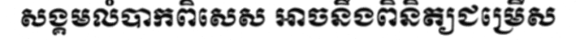
សង្គមលំបាកពិសេស អាចនឹងពិនិត្យជម្រើស